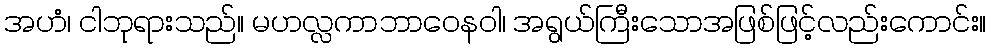
အဟံ၊ ငါဘုရားသည်။ မဟလ္လကာဘာဝေနဝါ၊ အရွယ်ကြီးသောအဖြစ်ဖြင့်လည်းကောင်း။